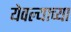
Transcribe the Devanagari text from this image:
येवल्याच्या